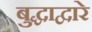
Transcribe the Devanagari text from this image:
बुद्धाद्वारे